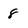
Character: 8